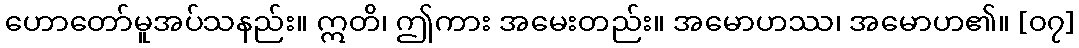
ဟောတော်မူအပ်သနည်း။ ဣတိ၊ ဤကား အမေးတည်း။ အမောဟဿ၊ အမောဟ၏။ [၀၇]